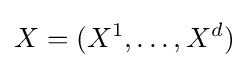
X=(X^{1},\dots ,X^{d})